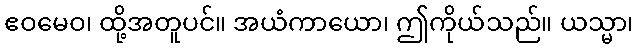
ဧဝမေဝ၊ ထို့အတူပင်။ အယံကာယော၊ ဤကိုယ်သည်။ ယသ္မာ၊